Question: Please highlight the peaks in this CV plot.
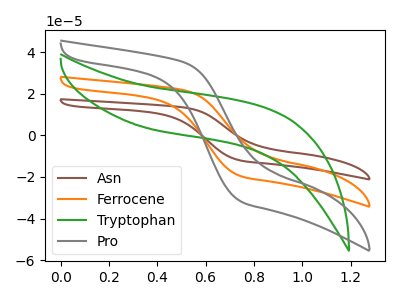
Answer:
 <answer>The brown curve "Asn" has no peaks. The orange curve "Ferrocene" has no peaks. The green curve "Tryptophan" has no peaks. The gray curve "Pro" has no peaks.</answer>
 <eval></eval>